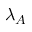
\lambda _ { A }